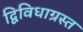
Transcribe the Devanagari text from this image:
द्विविधाग्रस्त